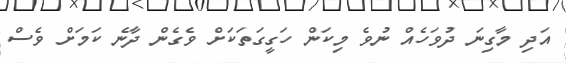
އަދި މާގިނަ ދުވަހެއް ނުވެ މިކަން ހަގީގަތަކަށް ވެގެން ދާނެ ކަމަށް ވެސް